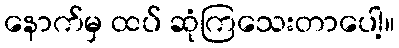
နောက်မှ ထပ် ဆုံကြသေးတာပေါ့။